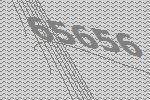
65656